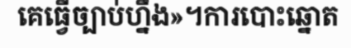
គេធ្វើច្បាប់ហ្នឹង»។ការបោះឆ្នោត